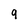
Character: 9